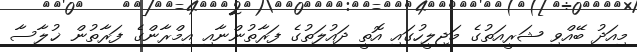
މިއަދު ބޭއްވި ޝަރީއަތުގެ މަޖިލީހުގައި އޮތީ ދައުލަތުގެ ފަރާތުންނާއި އިމްރާންގެ ފަރާތުން ޚުލާސާ